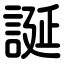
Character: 誕